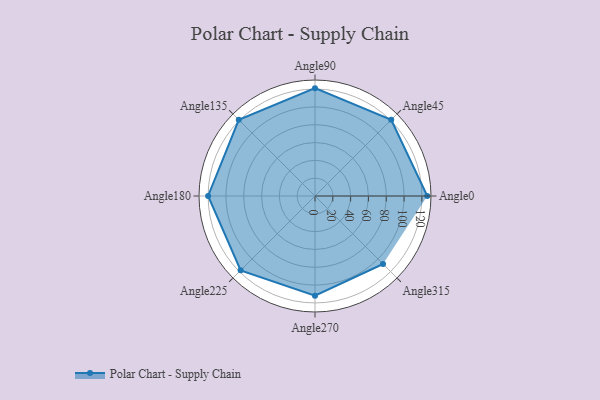
{"axis": {"x": "Angle", "y": "Radius"}, "legend": [""], "data": [{"x": "Angle0", "y": 126.0, "type": ""}, {"x": "Angle45", "y": 121.0, "type": ""}, {"x": "Angle90", "y": 121.0, "type": ""}, {"x": "Angle135", "y": 121.0, "type": ""}, {"x": "Angle180", "y": 120.0, "type": ""}, {"x": "Angle225", "y": 118.0, "type": ""}, {"x": "Angle270", "y": 112.0, "type": ""}, {"x": "Angle315", "y": 108.0, "type": ""}]}